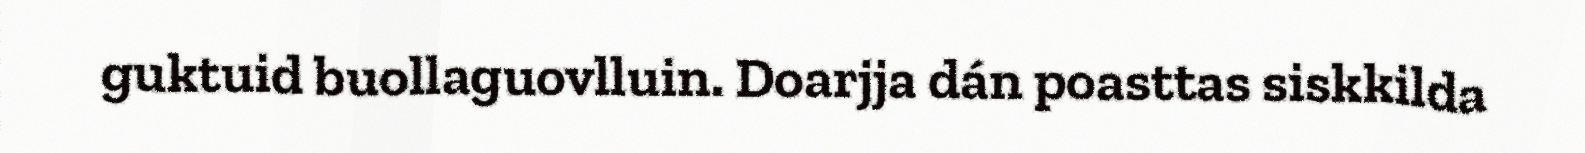
guktuid buollaguovlluin. Doarjja dán poasttas siskkilda